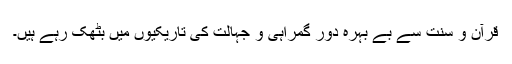
قرآن و سنت سے بے بہرہ دور گمراہی و جہالت کی تاریکیوں میں بٹھک رہے ہیں۔